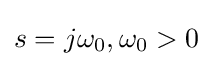
s=j\omega _{0},\omega _{0}>0